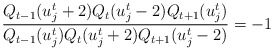
\begin{align*}\frac{Q_{t-1}(u_{j}^{t}+2)Q_t (u_{j}^{t}-2)Q_{t+1}(u_{j}^{t})}{Q_{t-1}(u_{j}^{t})Q_t (u_{j}^{t}+2)Q_{t+1}(u_{j}^{t}-2)}=-1\end{align*}